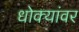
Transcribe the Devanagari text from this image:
धोक्यांवर